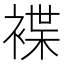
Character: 褋